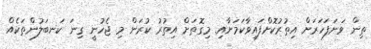
ތިން ވަނަފަހަރަށް އިތުރުކޮށްފައިވާކަަމަށާއި